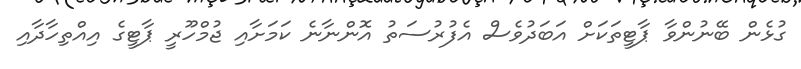
ގުޅެން ބޭނުންވާ ޕާޓީތަކަށް އަބަދުވެސް އެފުރުސަތު އޮންނާނެ ކަމަށާއި ޖުމްހޫރީ ޕާޓީގެ އިއްތިހާދާއި